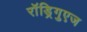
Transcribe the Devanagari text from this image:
राॅड्रिगुएज